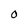
Character: O